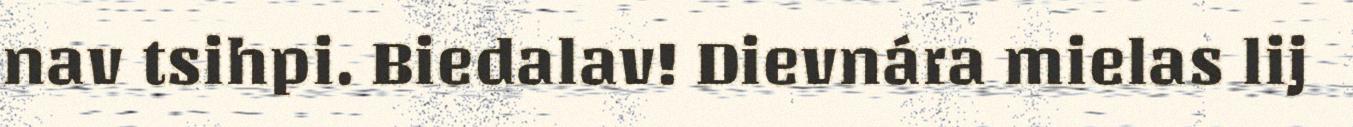
nav tsihpi. Biedalav! Dievnára mielas lij